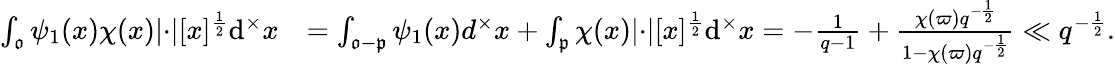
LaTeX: \begin{array}{rl}{\int_{\mathfrak{o}}\psi_{1}(x)\chi(x)\lvert\cdot\rvert[x]^{\frac{1}{2}}\mathrm{d}^{\times}x}&{=\int_{\mathfrak{o}-\mathfrak{p}}\psi_{1}(x)d^{\times}x+\int_{\mathfrak{p}}\chi(x)\lvert\cdot\rvert[x]^{\frac{1}{2}}\mathrm{d}^{\times}x=-\frac{1}{q-1}+\frac{\chi(\varpi)q^{-\frac{1}{2}}}{1-\chi(\varpi)q^{-\frac{1}{2}}}\ll q^{-\frac{1}{2}}.}\end{array}